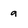
Character: 9